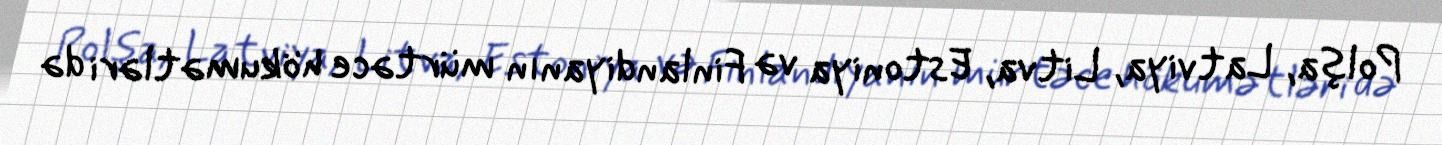
Polşa, Latviya, Litva, Estoniya və Finlandiyanın mürtəce hökumətləri də